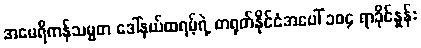
အမေရိကန်သမ္မတ ဒေါ်နယ်ထရမ့်ရဲ့ တရုတ်နိုင်ငံအပေါ် ၁၀၄ ရာခိုင်နှုန်း